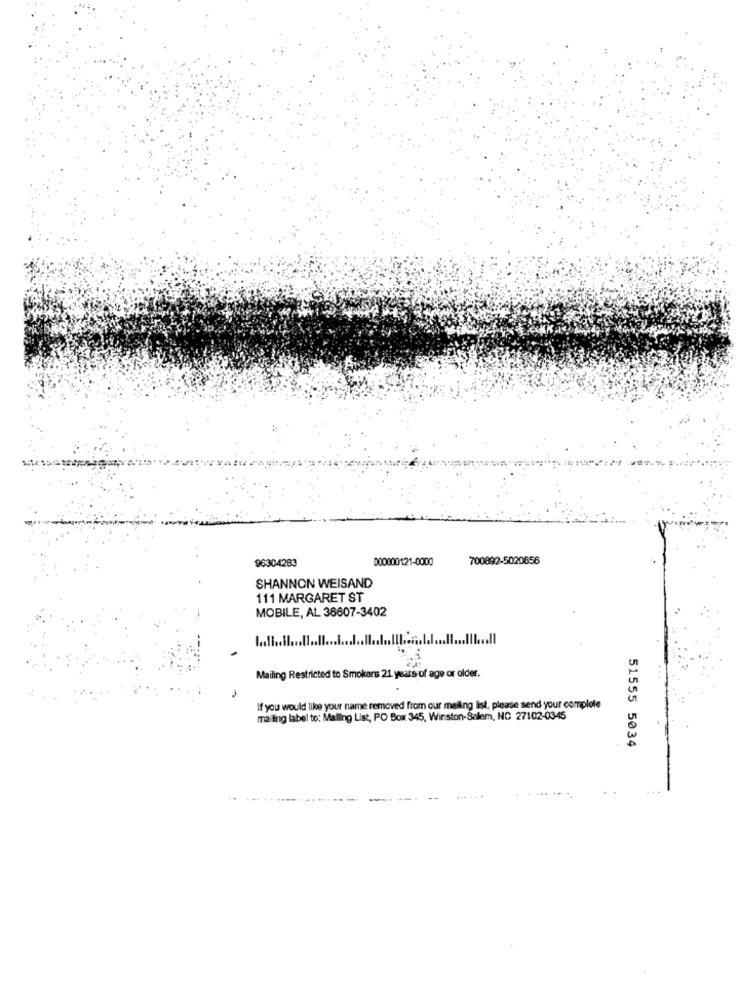
000000121-0000
700892-5020656
96304283
SHANNON WEISAND
111 MARGARET ST
MOBILE, AL 36607-3402
Mailing Restricted to Smokers 21 years of age or older.
If you would like your name removed from our mailing list, please send your complete
mailing label to: Malling List, PO Box 345, Winston-Salem, NC 27102-0345
51555 5034